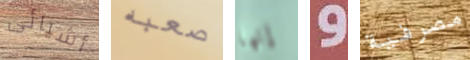
أشيائى صعبه إنها و مصرفية